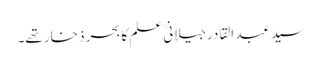
سید عبد القادرجیلانیؒ علم کا بحر ذخار تھے۔